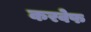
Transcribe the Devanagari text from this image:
करवेफ